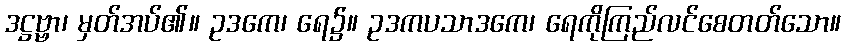
ဒဋ္ဌဗ္ဗာ၊ မှတ်အပ်၏။ ဥဒကေ၊ ရေ၌။ ဥဒကပသာဒကေ၊ ရေကိုကြည်လင်စေတတ်သော။